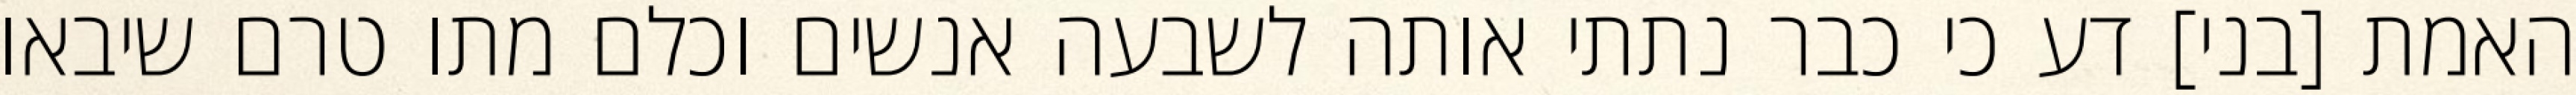
האמת [בני] דע כי כבר נתתי אותה לשבעה אנשים וכלם מתו טרם שיבאו